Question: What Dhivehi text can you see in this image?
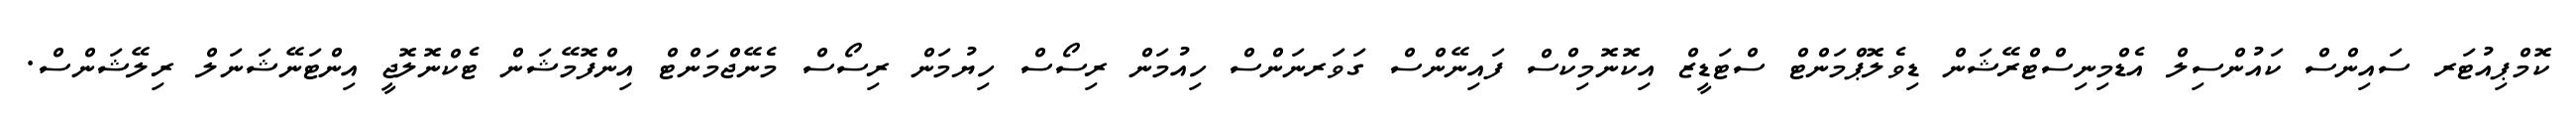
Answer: ކޮމްޕިއުޓަރ ސައިންސް ކައުންސިލް އެޑްމިނިސްޓްރޭޝަން ޑިވެލޮޕްމަންޓް ސްޓަޑީޒް އިކޮނޮމިކްސް ފައިނޭންސް ގަވަރނަންސް ހިއުމަން ރިސޯސް ހިޔުމަން ރިސޯސް މެނޭޖްމަންޓް އިންފޮމޭޝަން ޓެކްނޮލޮޖީ އިންޓަނޭޝަނަލް ރިލޭޝަންސް.